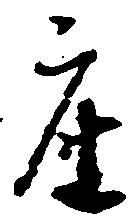
座